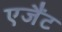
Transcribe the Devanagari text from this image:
एजैंट